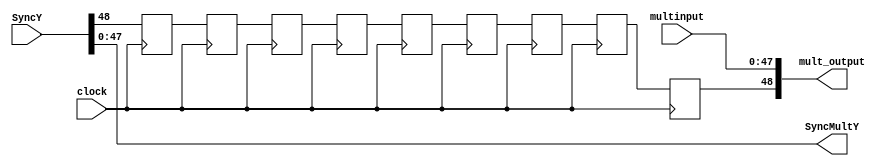
module syncMult (clock, SyncY, SyncMultY, multinput, mult_output);

input        clock;
input [48:0] SyncY;
input [47:0] multinput;
 
output [47:0] SyncMultY;
output [48:0] mult_output;

wire [47:0] SyncMultY;
wire [48:0] mult_output; 

reg bit_buf1,bit_buf2,bit_buf3,bit_buf4,bit_buf5,bit_buf6,bit_buf7,bit_buf8,bit_buf9,bit_buf10;

assign SyncMultY = SyncY[47:0];

always@(posedge clock)
begin
	bit_buf1 <= SyncY[48];
	bit_buf2 <= bit_buf1;
	bit_buf3 <= bit_buf2;
	bit_buf4 <= bit_buf3;
	bit_buf5 <= bit_buf4;
	bit_buf6 <= bit_buf5;
	bit_buf7 <= bit_buf6;
	bit_buf8 <= bit_buf7;
	bit_buf9 <= bit_buf8;
end

assign mult_output[48] = bit_buf9;
assign mult_output[47:0] = multinput;

endmodule